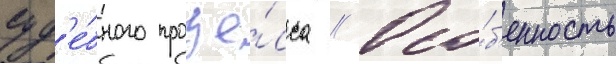
суд'е́бного проце́сса // Осо́б'енность